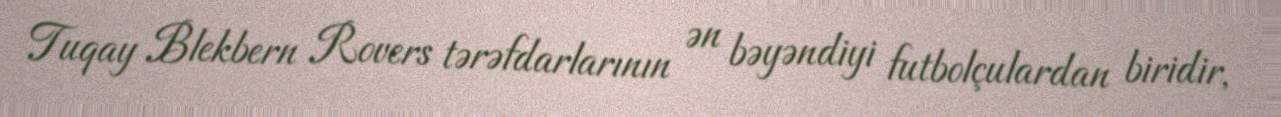
Tuqay Blekbern Rovers tərəfdarlarının ən bəyəndiyi futbolçulardan biridir,